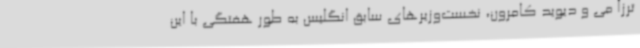
ترزا می و دیوید کامرون، نخست‌وزیرهای سابق انگلیس به طور هفتگی با این